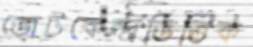
ভোটকেন্দ্রভিত্তিক